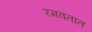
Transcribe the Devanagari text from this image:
रमवतात